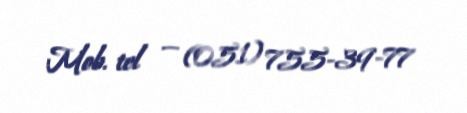
Mob. tel — (051) 755-39-77